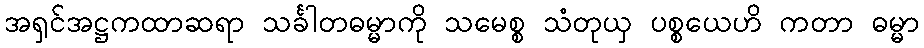
အရှင်အဋ္ဌကထာဆရာ သင်္ခါတဓမ္မာကို သမေစ္စ သံတုယှ ပစ္စယေဟိ ကတာ ဓမ္မာ